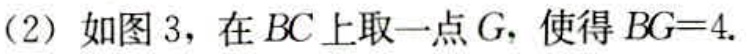
(2) 如图 3，在 \(BC\) 上取一点 \(G\)，使得 \(BG = 4\).